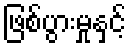
ဖြစ်ပွားမှုနှင့်